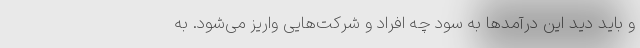
و باید دید این درآمدها به سود چه افراد و شرکت‌هایی واریز می‌شود. به